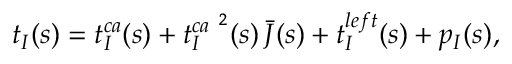
t _ { I } ( s ) = t _ { I } ^ { c a } ( s ) + t _ { I } ^ { c a \ ^ { 2 } } ( s ) \, \bar { J } ( s ) + t _ { I } ^ { l e f t } ( s ) + p _ { I } ( s ) ,